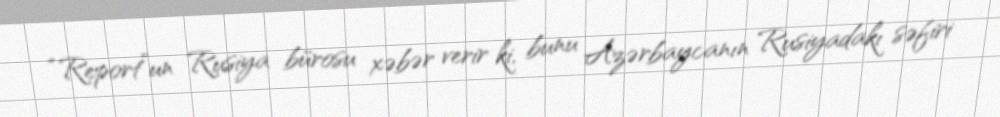
“Report”un Rusiya bürosu xəbər verir ki, bunu Azərbaycanın Rusiyadakı səfiri